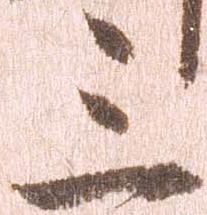
三